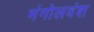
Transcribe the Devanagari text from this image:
मंगोलवंश